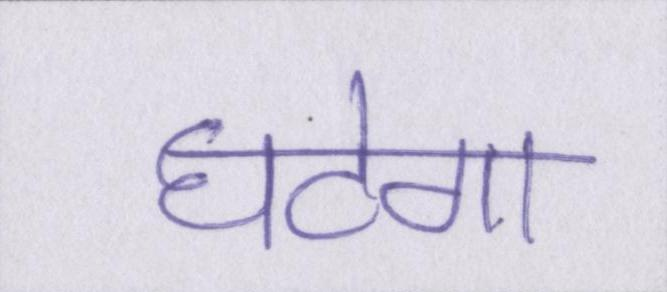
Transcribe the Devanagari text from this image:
घटेगा